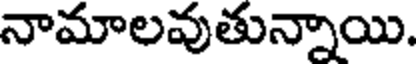
నామాలవుతున్నాయి.